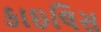
કાઇલિસ